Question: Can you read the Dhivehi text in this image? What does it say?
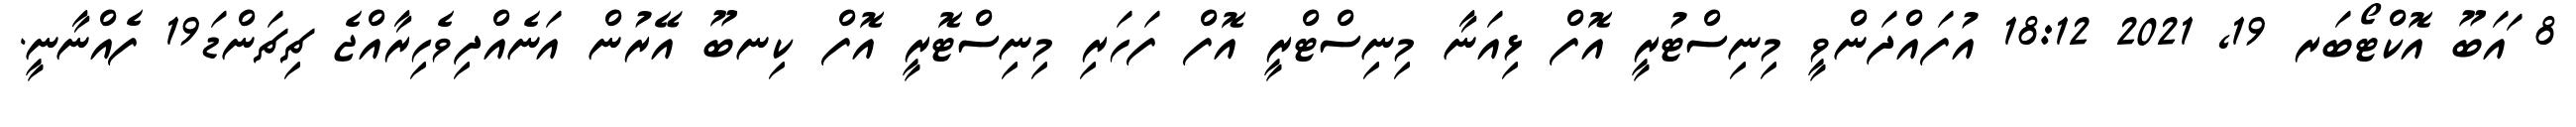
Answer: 8 ައަބޫ އޮކްޓޯބަރ 19, 2021 18:12 އުފައްދަންވީ މިނިސްޓުރީ އޮފް ޅިއަނާ މިނިސްޓްރީ އޮފް ފަހަރި މިނިސްޓޮރީ އޮފް ކިނބޫ އޭރުން އަނެއްދިވެހިރާއްޖެ ޗިޗަންޑަ19 ފެއްނާނީ.